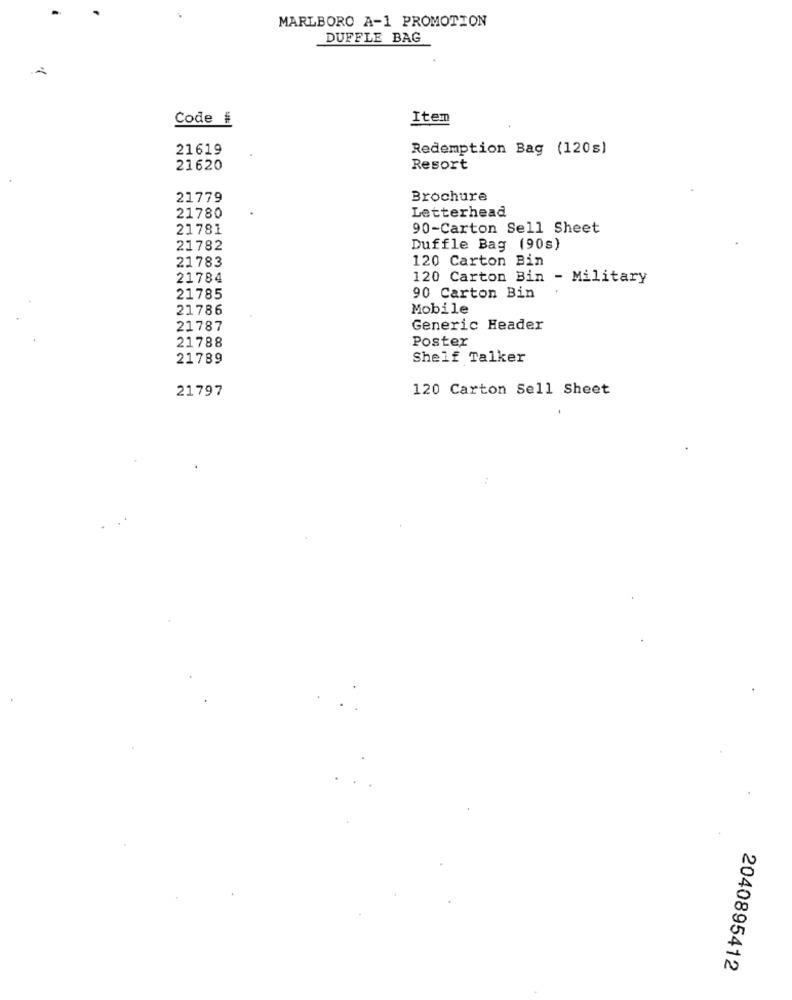
MARLBORO A-1 PROMOTION
DUFFLE BAG
Code #
Item
21619
Redemption Bag (120s)
21620
Resort
21779
Brochure
21780
Letterhead
21781
90-Carton Sell Sheet
21782
Duffle Bag (90s)
120 Carton Bin
21783
21784
120 Carton Bin - Military
21785
90 Carton Bin
21786
Mobile
21787
Generic Header
21788
Poster
21789
Shelf Talker
21797
120 Carton Sell Sheet
:
2040895412